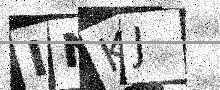
Text: INKJ